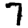
Digit: 7